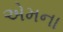
એમના